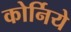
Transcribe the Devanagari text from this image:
कोर्निये